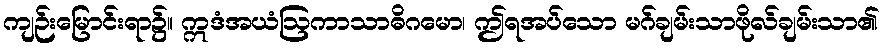
ကျဉ်းမြောင်းရာ၌။ ဣဒံအယံဩကာသာဓိဂမော၊ ဤရအပ်သော မဂ်ချမ်းသာဖိုလ်ချမ်းသာ၏